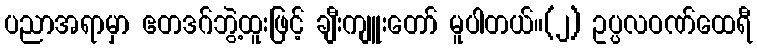
ပညာအရာမှာ ဧတဒဂ်ဘွဲ့ထူးဖြင့် ချီးကျူးတော် မူပါတယ်။(၂) ဥပ္ပလဝဏ်ထေရီ